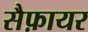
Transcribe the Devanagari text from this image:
सैफ़ायर